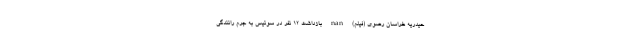
حیدریه خراسان رضوی (فیلم) nan بازداشت ۱۲ نفر در سوئیس به جرم رانندگی